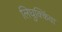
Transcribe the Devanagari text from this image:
लिघुक्किंवा